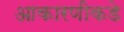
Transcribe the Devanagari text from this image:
आकारणीकडे